Scottish Certificate of Education, 1963
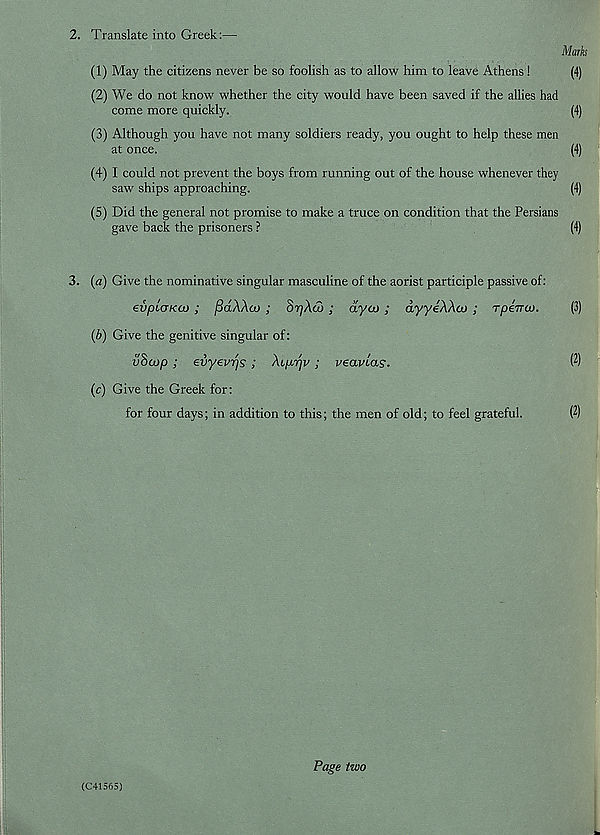
2. Translate into Greek:—
Marks
(1) May the citizens never be so foolish as to allow him to leave Athens !
(4)
(2) We do not know whether the city would have been saved if the allies had
come more quickly.
(4)
(3) Although you have not many soldiers ready, you ought to help these men
at once.
(4)
(4) I could not prevent the boys from running out of the house whenever they
saw ships approaching.
(4)
(5) Did the general not promise to make a truce on condition that the Persians
gave back the prisoners ?
(4)
3. (a) Give the nominative singular masculine of the aorist participle passive of:
evplcTKco ; pdAAaj ; StyAcu; ayco; dyyeAAcu ; rpeVa).
(3)
(b) Give the genitive singular of:
vhcop ; evyevrjs ; Aqatyv ; veavias.
P)
(c) Give the Greek for:
for four days; in addition to this; the men of old; to feel grateful.
(2)
(C415G5)
Page two